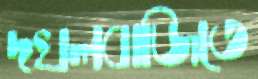
দখলবাজিতে